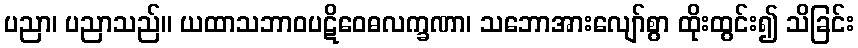
ပညာ၊ ပညာသည်။ ယထာသဘာဝပဋိဝေဓလက္ခဏာ၊ သဘောအားလျော်စွာ ထိုးထွင်း၍ သိခြင်း